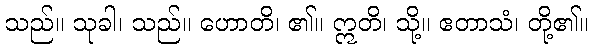
သည်။ သုခါ၊ သည်။ ဟောတိ၊ ၏။ ဣတိ၊ သို့။ ဧတာသံ၊ တို့၏။